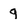
Character: 9